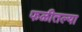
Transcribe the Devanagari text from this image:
फळीतल्या